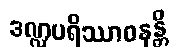
ဒဏ္ဍပရိဿာဝနန္တိ